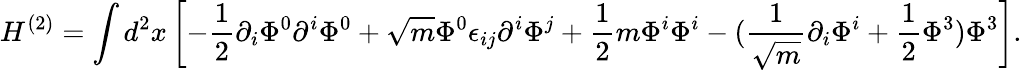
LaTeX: H^{(2)}=\int d^{2}x\left[-\frac{1}{2}\partial_{i}\Phi^{0}\partial^{i}\Phi^{0}+\sqrt{m}\Phi^{0}\epsilon_{ij}\partial^{i}\Phi^{j}+\frac{1}{2}m\Phi^{i}\Phi^{i}-(\frac{1}{\sqrt{m}}\partial_{i}\Phi^{i}+\frac{1}{2}\Phi^{3})\Phi^{3}\right].